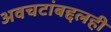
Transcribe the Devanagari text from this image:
अवचटांबद्दलही